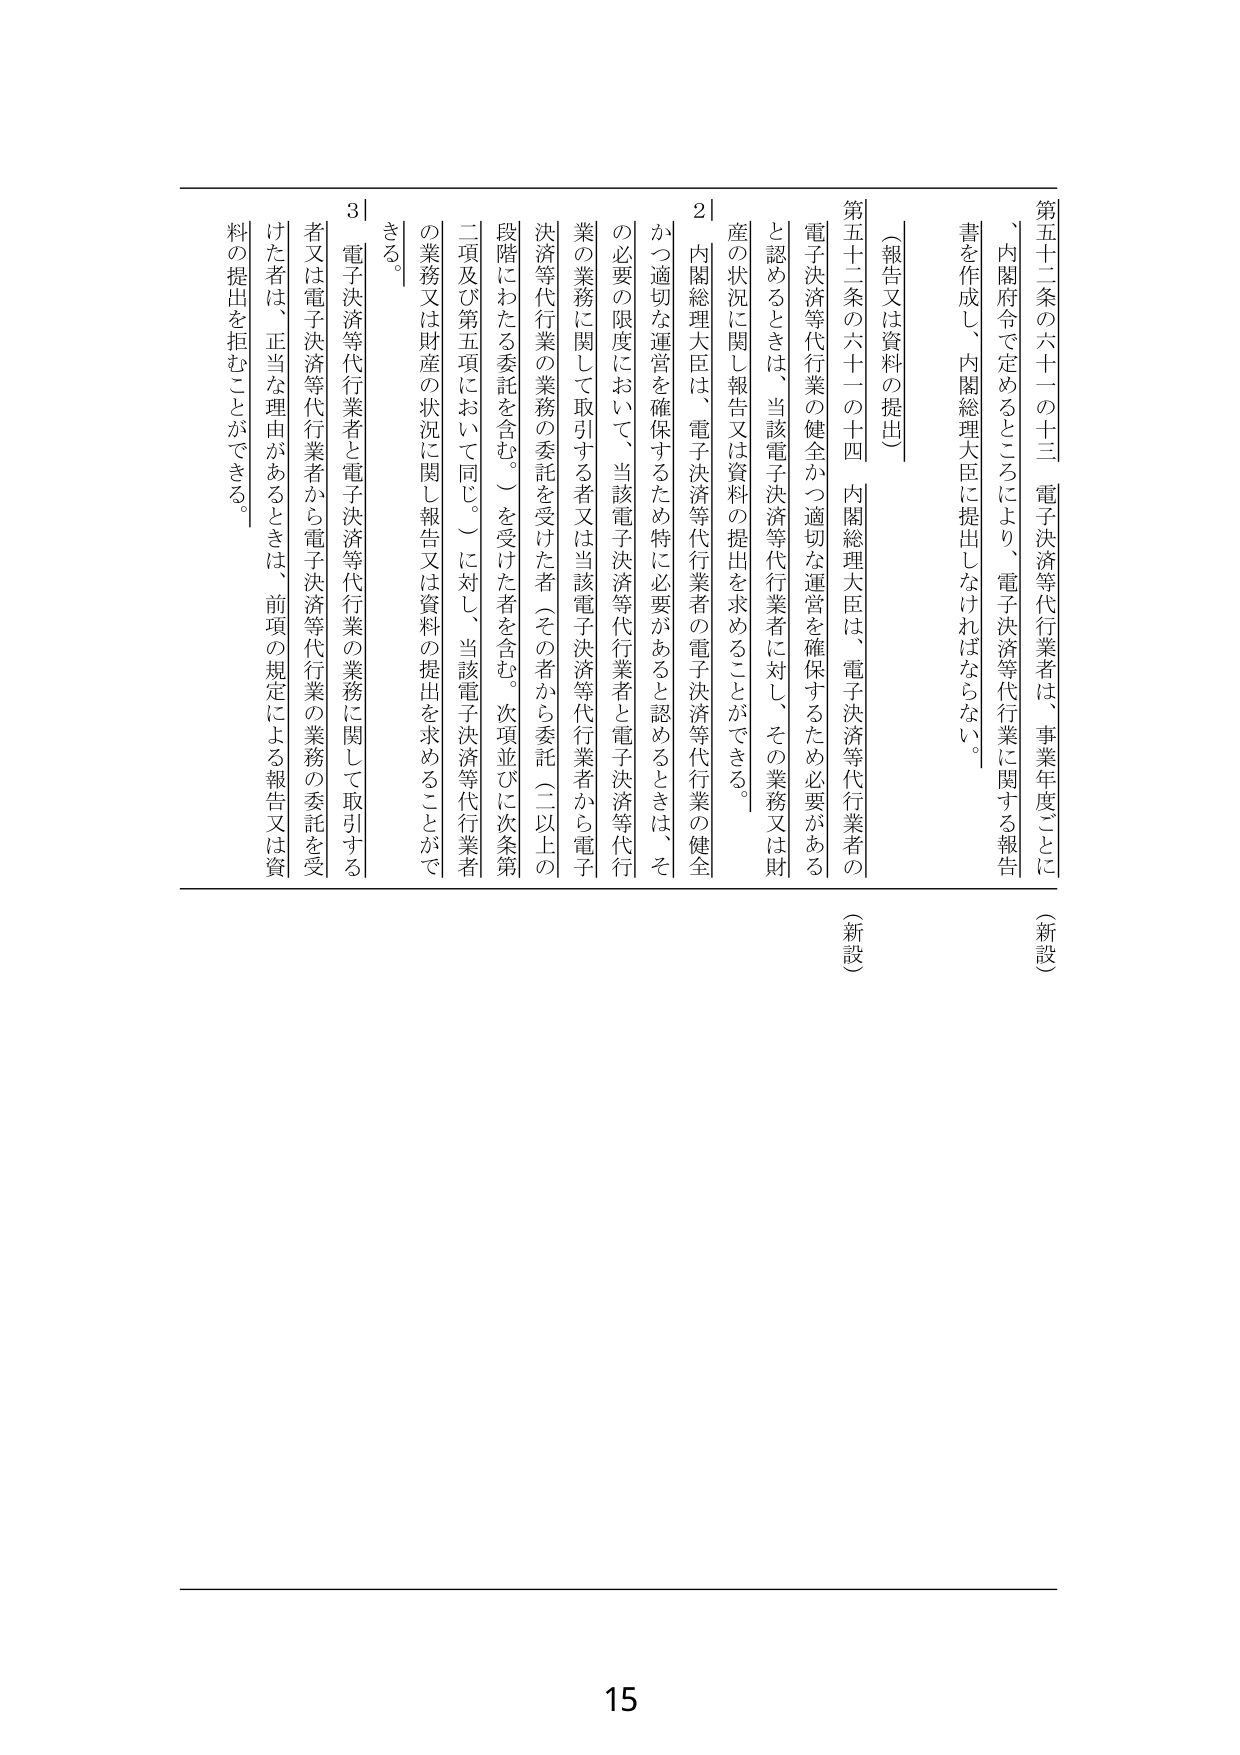
第五十二条の六十一の十三 電子決済等代行業者は、事業年度ごとに、内閣府令で定めるところにより、電子決済等代行業に関する報告書を作成し、内閣総理大臣に提出しなければならない。

（新設）

〔報告又は資料の提出〕

第五十二条の六十一の十四 内閣総理大臣は、電子決済等代行業者の電子決済等代行業の健全かつ適切な運営を確保するため必要があると認めるときは、当該電子決済等代行業者に対し、その業務又は財産の状況に関して報告又は資料の提出を求めることができる。

（新設）

２ 内閣総理大臣は、電子決済等代行業者の電子決済等代行業の健全かつ適切な運営を確保するため特に必要があると認めるときは、その必要の限度において、当該電子決済等代行業者と電子決済等代行業の業務に関して取引する者又は当該電子決済等代行業者から電子決済等代行業の業務の委託を受けた者（その者から委託（二以上の段階にわたる委託を含む。）を受けた者を含む。次項並びに次条第二項及び第五項において同じ。）に対し、当該電子決済等代行業者の業務又は財産の状況に関して報告又は資料の提出を求めることができる。

３ 電子決済等代行業者と電子決済等代行業の業務に関して取引する者又は電子決済等代行業者から電子決済等代行業の業務の委託を受けた者は、正当な理由があるときは、前項の規定による報告又は資料の提出を拒むことができる。

15